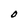
Character: O